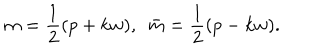
m = \frac { 1 } { 2 } ( p + k w ) , ~ ~ \bar { m } = \frac { 1 } { 2 } ( p - k w ) .